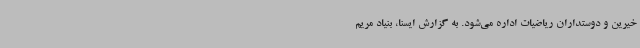
خیرین و دوستداران ریاضیات اداره می‌شود. به گزارش ایسنا، بنیاد مریم